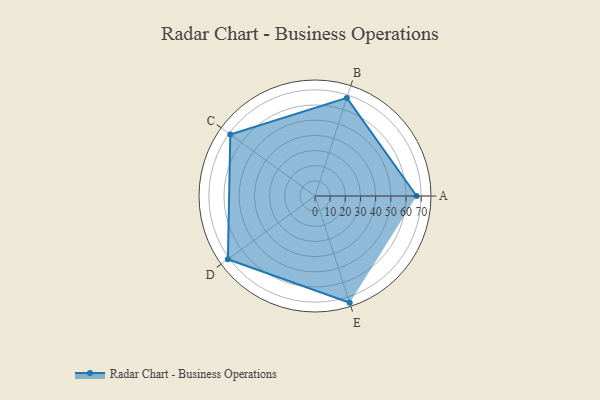
{"axis": {"x": "Skill", "y": "Score"}, "legend": ["Profile"], "data": [{"x": "A", "y": 67.0, "type": "Profile"}, {"x": "B", "y": 68.0, "type": "Profile"}, {"x": "C", "y": 69.0, "type": "Profile"}, {"x": "D", "y": 71.0, "type": "Profile"}, {"x": "E", "y": 74.0, "type": "Profile"}]}